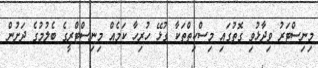
މިނިސްޓަރު ވިދާޅުވި ގޮތުގައި މިސްކިތްތަކާ ގުޅޭ ހުރިހާ ކަމެއް މިނިސްޓްރީގެ ބެލުމުގެ ދަށުން